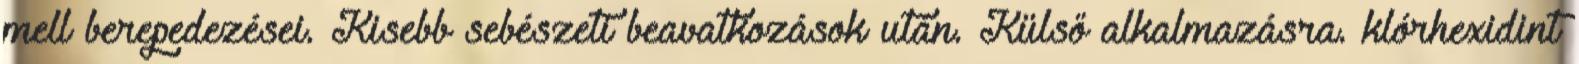
mell berepedezései. Kisebb sebészeti beavatkozások után. Külső alkalmazásra. klórhexidint